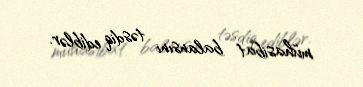
mühasibat balansını təsdiq ediblər.